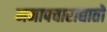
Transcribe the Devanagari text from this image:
ममापचाराद्यातो